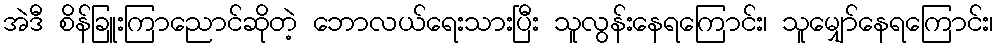
အဲဒီ စိန်ခြူးကြာညောင်ဆိုတဲ့ ဘောလယ်ရေးသားပြီး သူလွန်းနေရကြောင်း၊ သူမျှော်နေရကြောင်း၊